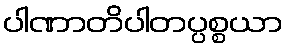
ပါဏာတိပါတပ္ပစ္စယာ